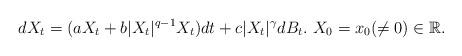
LaTeX: \begin{align*} dX_t=(aX_t+b|X_t|^{q-1}X_t)dt+c|X_t|^\gamma dB_t.\ X_0=x_0(\neq0)\in \mathbb{R}.\end{align*}